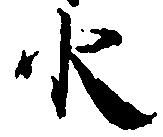
水